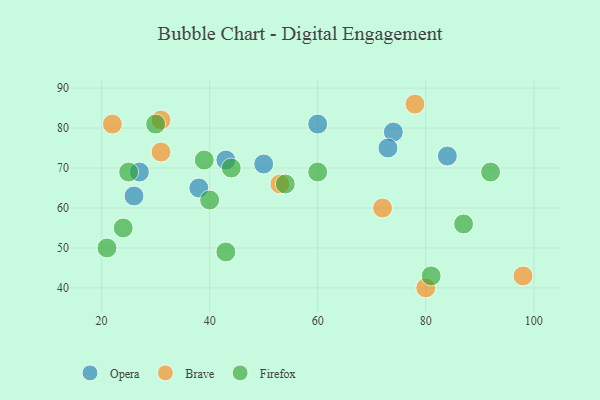
{"axis": {"x": "GDP", "y": "Life Expectancy"}, "legend": ["Brave", "Firefox", "Opera"], "data": [{"x": "84", "y": 73, "type": "Opera"}, {"x": "27", "y": 69, "type": "Opera"}, {"x": "26", "y": 63, "type": "Opera"}, {"x": "60", "y": 81, "type": "Opera"}, {"x": "50", "y": 71, "type": "Opera"}, {"x": "74", "y": 79, "type": "Opera"}, {"x": "73", "y": 75, "type": "Opera"}, {"x": "43", "y": 72, "type": "Opera"}, {"x": "38", "y": 65, "type": "Opera"}, {"x": "80", "y": 40, "type": "Brave"}, {"x": "31", "y": 74, "type": "Brave"}, {"x": "31", "y": 82, "type": "Brave"}, {"x": "98", "y": 43, "type": "Brave"}, {"x": "53", "y": 66, "type": "Brave"}, {"x": "22", "y": 81, "type": "Brave"}, {"x": "78", "y": 86, "type": "Brave"}, {"x": "72", "y": 60, "type": "Brave"}, {"x": "40", "y": 62, "type": "Firefox"}, {"x": "92", "y": 69, "type": "Firefox"}, {"x": "24", "y": 55, "type": "Firefox"}, {"x": "25", "y": 69, "type": "Firefox"}, {"x": "44", "y": 70, "type": "Firefox"}, {"x": "21", "y": 50, "type": "Firefox"}, {"x": "54", "y": 66, "type": "Firefox"}, {"x": "87", "y": 56, "type": "Firefox"}, {"x": "30", "y": 81, "type": "Firefox"}, {"x": "60", "y": 69, "type": "Firefox"}, {"x": "43", "y": 49, "type": "Firefox"}, {"x": "39", "y": 72, "type": "Firefox"}, {"x": "81", "y": 43, "type": "Firefox"}]}